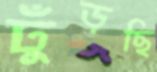
ঢুঁড়ছি